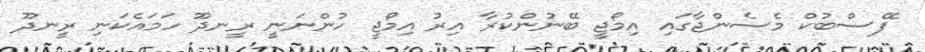
ފޭސްބުކް މެސެންޖާގައި އިމޯޖީ ބޭނުންކުރާ އިރު އިމޯޖީ ހުންނަނީ ރީނދޫ ހަމައެކަނި ރީނދޫ